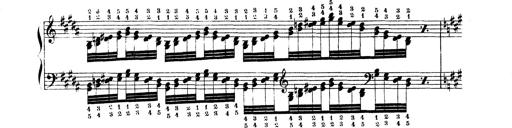
Title: Technische Studien
Composer: Franz Liszt